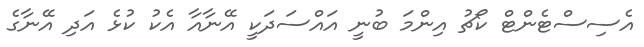
އެސިސްޓެންޓް ކޯޗު އިންމަ ބުނީ އައްސަދަކީ އޭނާއާ އެކު ކުޅެ އަދި އޭނާގެ